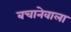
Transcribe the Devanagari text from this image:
बचानेवाला